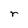
Character: r